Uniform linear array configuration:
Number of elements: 48
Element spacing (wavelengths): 0.5
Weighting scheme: blackman
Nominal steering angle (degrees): -30
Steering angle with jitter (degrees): -28.812
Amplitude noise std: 0.05
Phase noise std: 0.05

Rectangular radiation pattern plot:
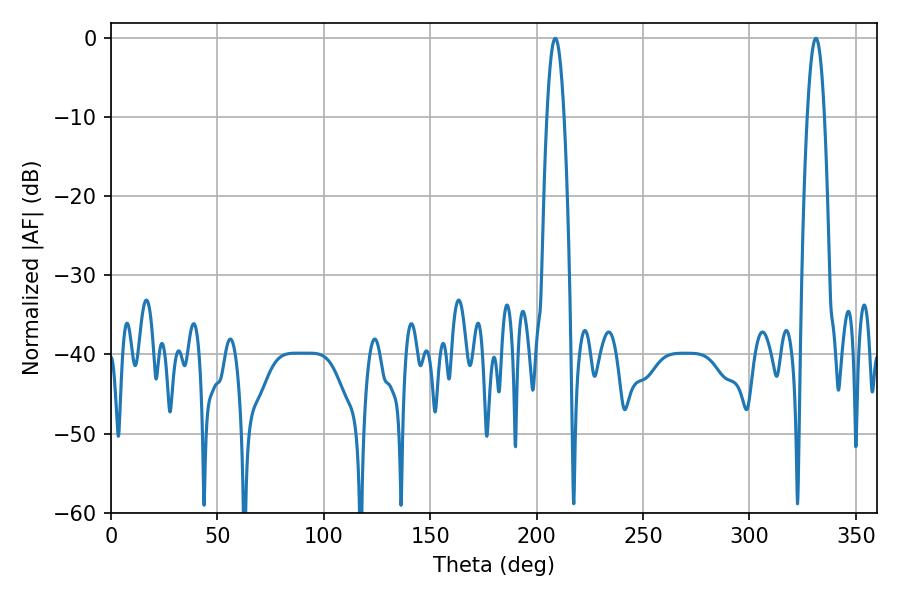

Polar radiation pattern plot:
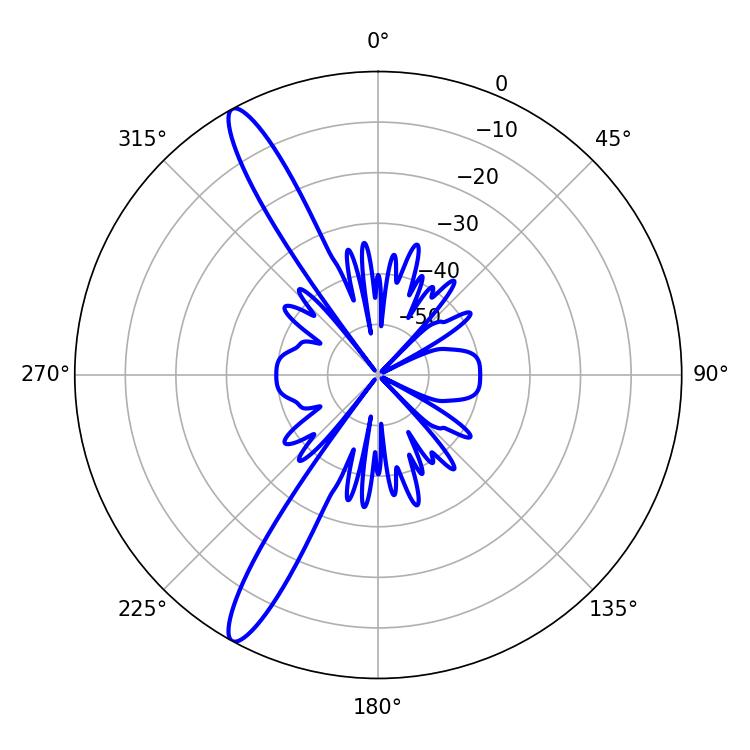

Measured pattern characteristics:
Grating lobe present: FALSE
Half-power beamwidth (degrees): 4.32
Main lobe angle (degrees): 208.8